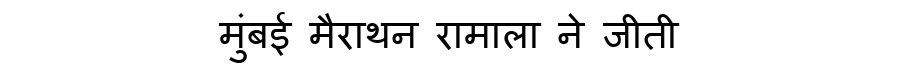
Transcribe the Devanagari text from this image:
मुंबई मैराथन रामाला ने जीती